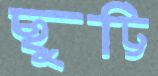
ছুট্টি